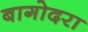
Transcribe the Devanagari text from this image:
बागोदरा